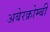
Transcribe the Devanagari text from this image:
अबेरक्रोम्बी